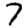
Digit: 7